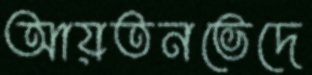
আয়তনভেদে